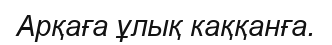
Арқаға ұлық каққанға.